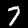
Digit: 7